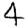
Digit: 4